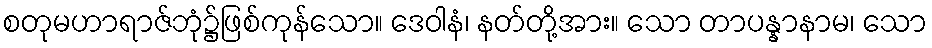
စတုမဟာရာဇ်ဘုံ၌ဖြစ်ကုန်သော။ ဒေဝါနံ၊ နတ်တို့အား။ သော တာပန္နာနာမ၊ သော